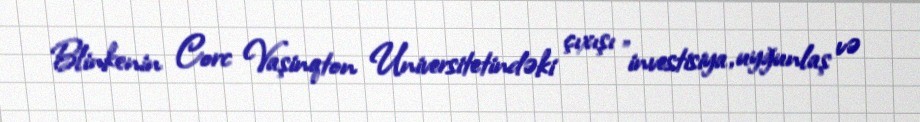
Blinkenin Corc Vaşinqton Universitetindəki çıxışı "investisiya, uyğunlaş və